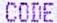
CODE